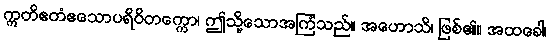
ဣတိဧတံဧသောပရိဝိတက္ကော၊ ဤသို့သောအကြံသည်။ အဟောသိ၊ ဖြစ်၏။ အထခေါ၊